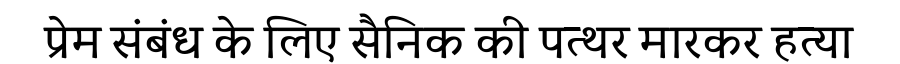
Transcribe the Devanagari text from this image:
प्रेम संबंध के लिए सैनिक की पत्थर मारकर हत्या